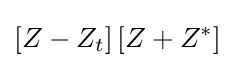
\left[Z-Z_{t}\right]\left[Z+Z^{*}\right]